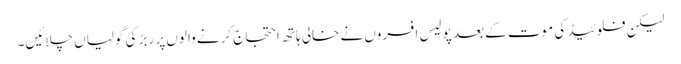
لیکن فلوئیڈ کی موت کے بعد پولیس افسروں نے خالی ہاتھ احتجاج کرنے والوں پر ربڑ کی گولیاں چلائیں۔